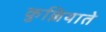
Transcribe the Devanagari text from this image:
कुल्लियाते